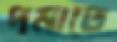
দমাতে